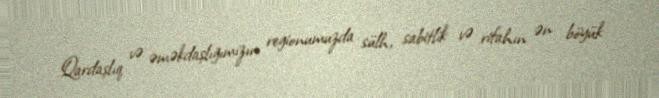
Qardaşlıq və əməkdaşlığımızın regionumuzda sülh, sabitlik və rifahın ən böyük